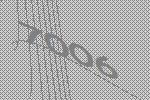
7006